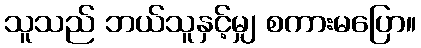
သူသည် ဘယ်သူနှင့်မျှ စကားမပြော။